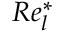
R e _ { l } ^ { \ast }